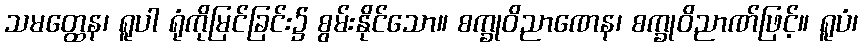
သမတ္ထေန၊ ရူပါ ရုံကိုမြင်ခြင်း၌ စွမ်းနိုင်သော။ စက္ခုဝိညာဏေန၊ စက္ခုဝိညာဏ်ဖြင့်။ ရူပံ၊